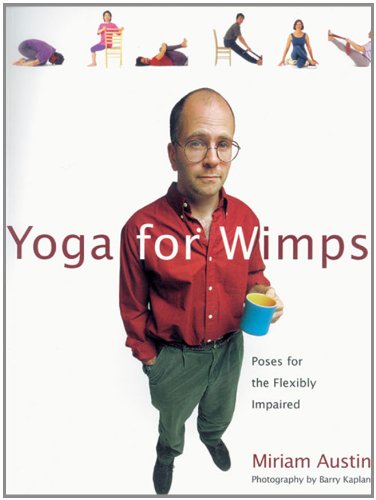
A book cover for Yoga For Wimps: Poses for The Flexibly Impaired; Miriam Austin; Health, Fitness & Dieting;